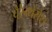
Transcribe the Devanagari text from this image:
पैरेन्थेसेस